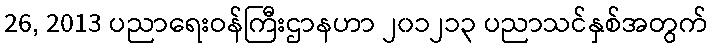
26, 2013 ပညာရေးဝန်ကြီးဌာနဟာ ၂၀၁၂၁၃ ပညာသင်နှစ်အတွက်